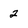
Character: 2